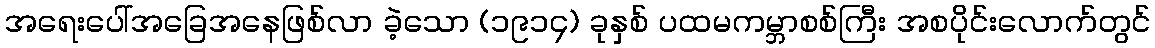
အရေးပေါ်အခြေအနေဖြစ်လာ ခဲ့သော (၁၉၁၄) ခုနှစ် ပထမကမ္ဘာစစ်ကြီး အစပိုင်းလောက်တွင်